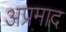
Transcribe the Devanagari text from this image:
अप्रमाद